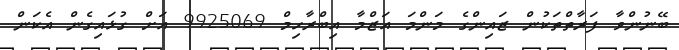
ބޭނުންވާ ފަރާތްތަކުން ޒައިންގެ މަންމަ އަޒްމާ އިބްރާހިމް 9925069 އަށް ގުޅައިގެން އެކަން